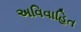
અવિવાહિત